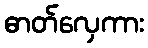
ဓာတ်လှေကား